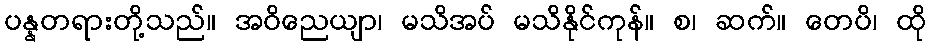
ပန္နတရားတို့သည်။ အဝိညေယျာ၊ မသိအပ် မသိနိုင်ကုန်။ စ၊ ဆက်။ တေပိ၊ ထို